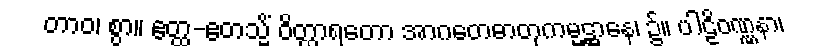
တာဝ၊ စွာ။ ဧတ္ထ-ဧတသ္မိံ ဝိတ္ထာရတော အာဂတေဓာတုကမ္မဋ္ဌာနေ၊ ၌။ ပါဠိဝဏ္ဏနာ၊